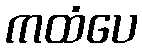
ကထံပေ